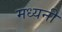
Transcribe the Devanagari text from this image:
मध्यनी